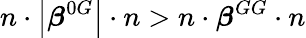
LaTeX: n\cdot\left|\boldsymbol{\beta}^{0G}\right|\cdot n>n\cdot\boldsymbol{\beta}^{GG}\cdot n